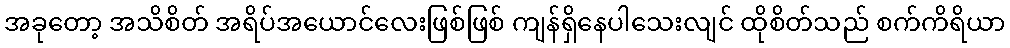
အခုတော့ အသိစိတ် အရိပ်အယောင်လေးဖြစ်ဖြစ် ကျန်ရှိနေပါသေးလျင် ထိုစိတ်သည် စက်ကိရိယာ